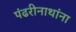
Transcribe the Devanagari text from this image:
पंढरीनाथांना